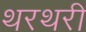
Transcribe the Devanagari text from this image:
थरथरी